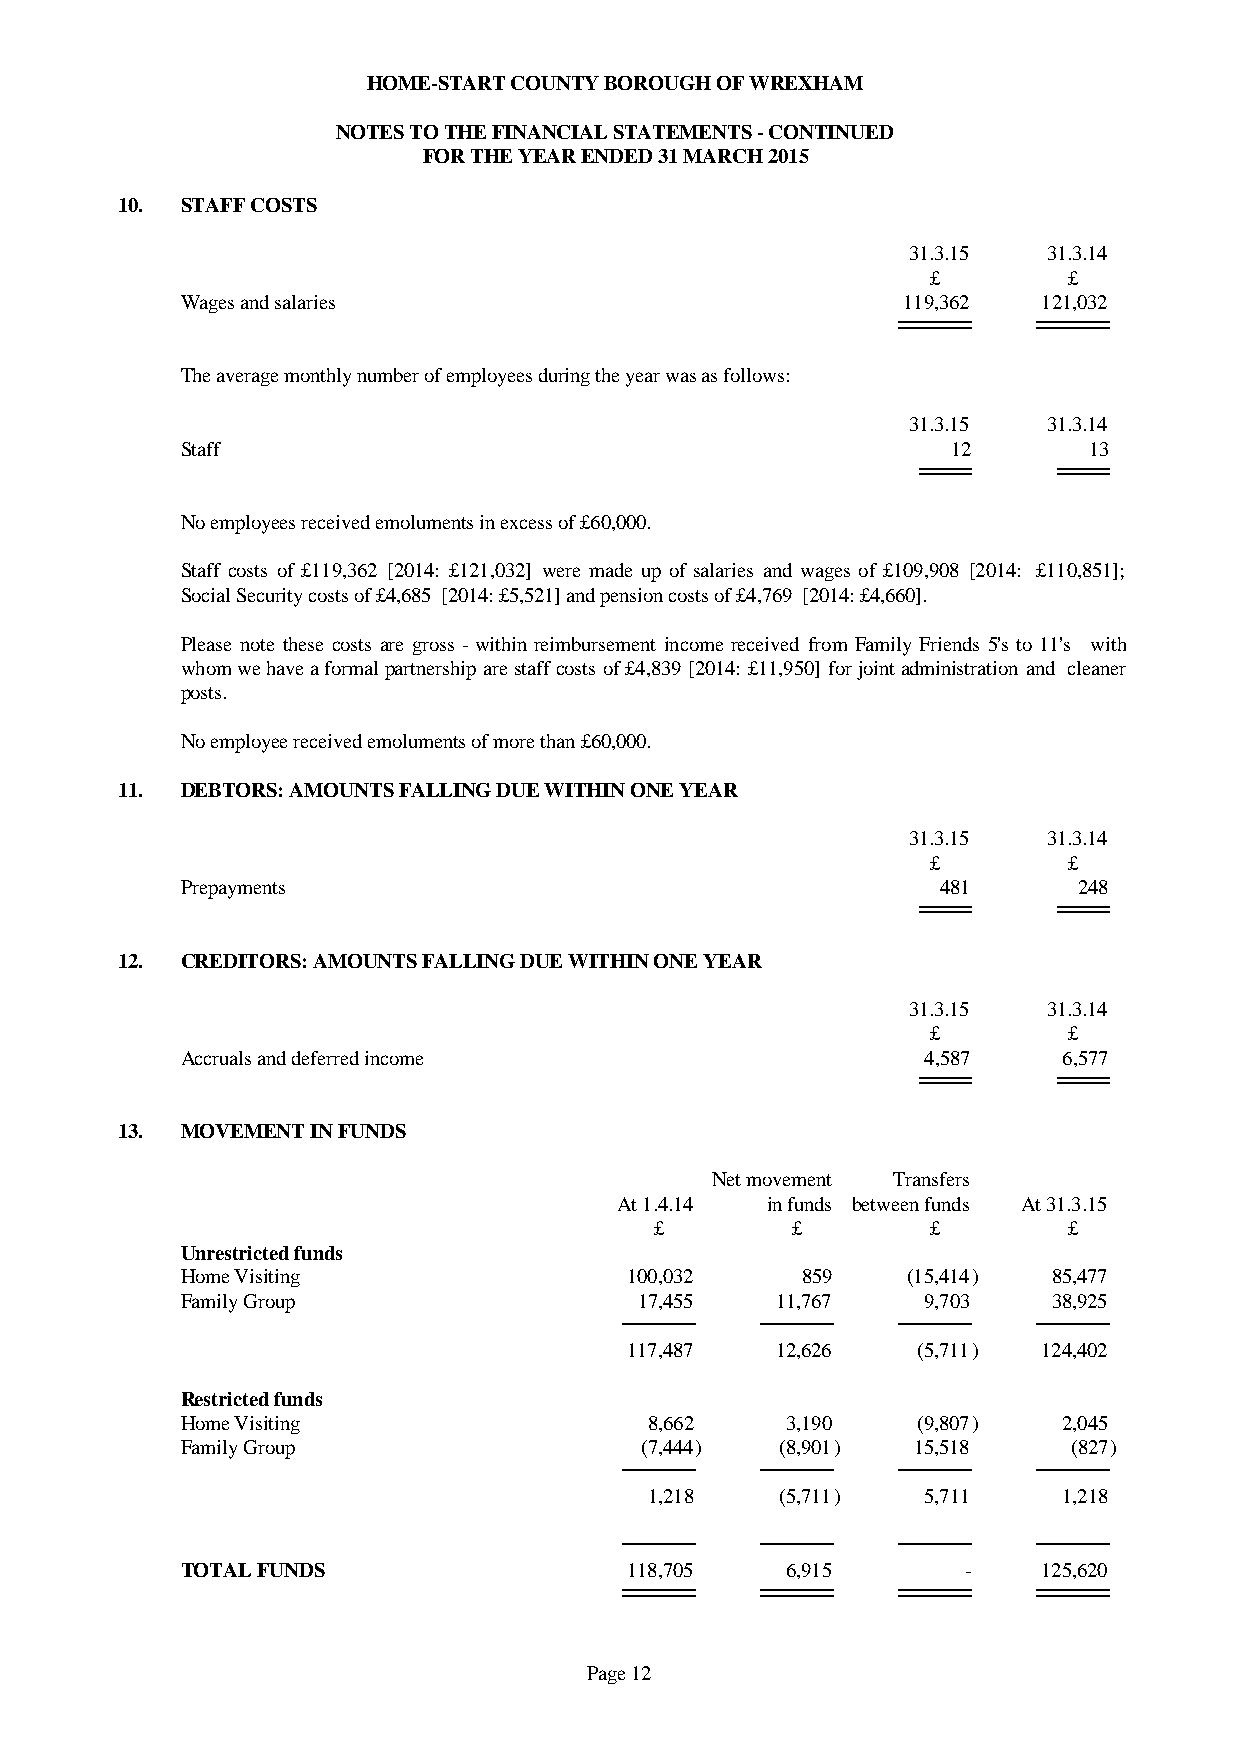
HOME-START COUNTY BOROUGH OF WREXHAM
 NOTES TO THE FINANCIAL STATEMENTS - CONTINUED
 FOR THE YEAR ENDED 31 MARCH 2015
 10. STAFF COSTS
 31.3.15  31.3.14
 £        £
 Wages and salaries                              119,362  121,032
 The average monthly number of employees during the year was as follows:
 31.3.15  31.3.14
 Staff                                              12       13
 No employees received emoluments in excess of £60,000.
 Staff costs of £119,362 [2014: £121,032] were made up of salaries and wages of £109,908 [2014: £110,851];
 Social Security costs of £4,685 [2014: £5,521] and pension costs of £4,769 [2014: £4,660].
 Please note these costs are gross - withinreimbursementincomereceived fromFamilyFriends 5's to 11's with
 whomwehaveaformalpartnershiparestaffcostsof£4,839[2014:£11,950]forjointadministrationand cleaner
 posts.
 No employee received emoluments of more than £60,000.
 11. DEBTORS: AMOUNTS FALLING DUE WITHIN ONE YEAR
 31.3.15  31.3.14
 £        £
 Prepayments                                       481      248
 12. CREDITORS: AMOUNTS FALLING DUE WITHIN ONE YEAR
 31.3.15  31.3.14
 £        £
 Accruals and deferred income                     4,587    6,577
 13. MOVEMENT IN FUNDS
 Net movement Transfers
 At 1.4.14 in funds between funds At 31.3.15
 £        £         £        £
 Unrestricted funds
 Home Visiting                 100,032    859    (15,414)  85,477
 Family Group                  17,455   11,767    9,703    38,925
 117,487  12,626    (5,711) 124,402
 Restricted funds
 Home Visiting                  8,662    3,190    (9,807)  2,045
 Family Group                  (7,444)   (8,901) 15,518     (827)
 1,218    (5,711)  5,711    1,218
 TOTAL FUNDS                   118,705   6,915       -    125,620
 Page 12